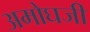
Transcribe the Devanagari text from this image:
अमोघजी